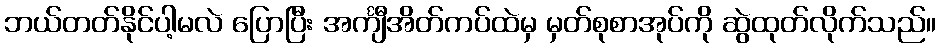
ဘယ်တတ်နိုင်ပါ့မလဲ ပြောပြီး အင်္ကျီအိတ်ကပ်ထဲမှ မှတ်စုစာအုပ်ကို ဆွဲထုတ်လိုက်သည်။